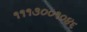
૧૧૧૩૦૦૧૦૪૬